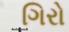
ગિરો